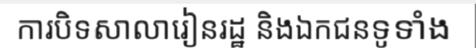
ការបិទសាលារៀនរដ្ឋ និងឯកជនទូទាំង